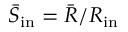
\bar { S } _ { \mathrm { i n } } = \bar { R } / R _ { \mathrm { i n } }